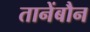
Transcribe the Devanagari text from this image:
तानेंबौन